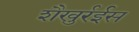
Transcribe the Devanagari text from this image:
शैखुर्रईस